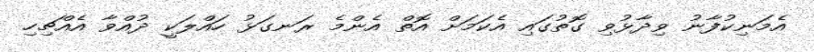
އެމަނިކުފާނު ވިދާޅުވި ގޮތުގައި އެކަމަށް އޮތް އެންމެ ރަނގަޅު ހައްލަކީ ދުއްވާ އެއްޗިހި